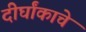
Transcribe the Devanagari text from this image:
दीर्घांकाचे